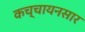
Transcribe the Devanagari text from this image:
कच्चायनसार